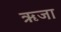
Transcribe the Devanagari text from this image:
ऋजा